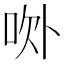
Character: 𰇚